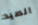
الصيد